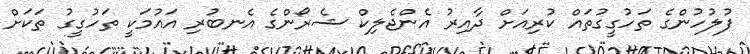
ފުލުހުންގެ ތަހުގީގުތައް ކުރިއަށް ދާއިރު އެންޖެލިކް ޝެރޯންގެ އެނބުރި އައުމަކީ ތަހުގީގު ތަކަށް